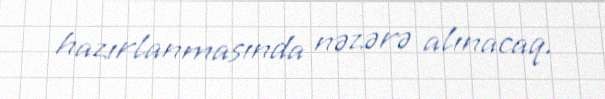
hazırlanmasında nəzərə alınacaq.